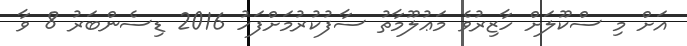
އަށް މި ސްކޫލަށް ހާޒިރުވެ މަޢުލޫމާތު ސާފުކުރުމަށްފަހު 2016 ޑިސެންބަރު 8 ވާ